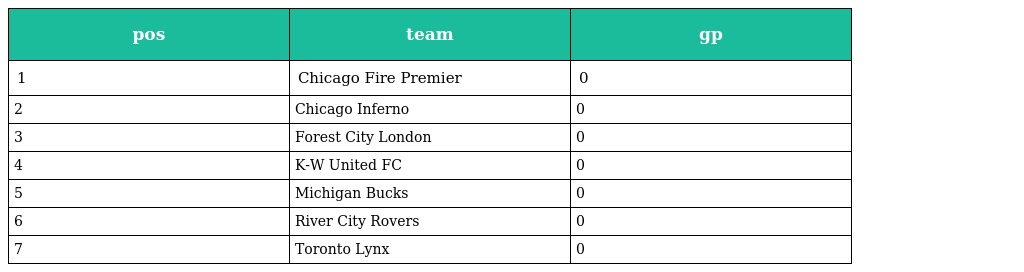
| pos | team | gp |
 | --- | --- | --- |
 | 1 | Chicago Fire Premier | 0 |
 | 2 | Chicago Inferno | 0 |
 | 3 | Forest City London | 0 |
 | 4 | K-W United FC | 0 |
 | 5 | Michigan Bucks | 0 |
 | 6 | River City Rovers | 0 |
 | 7 | Toronto Lynx | 0 |